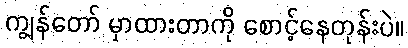
ကျွန်တော် မှာထားတာကို စောင့်နေတုန်းပဲ။